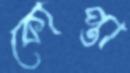
কোপ্তা